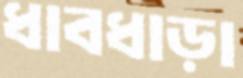
ধাবধাড়া